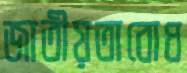
জাতীয়তাবোধ